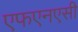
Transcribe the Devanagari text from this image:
एफएनएसी